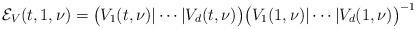
LaTeX: \begin{align*} \mathcal E_V(t,1,\nu) = \big( V_1(t,\nu) | \cdots | V_d(t,\nu) \big) \big( V_1(1,\nu) | \cdots | V_d(1,\nu) \big)^{-1}\end{align*}